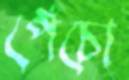
পেঁচো